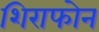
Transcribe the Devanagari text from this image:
शिराफोन